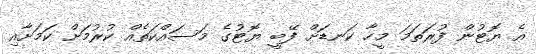
އެ ޔޮޓުން ފުރަތަމަ މީހާ ކަނޑަށް ފޭބީ ޔޮޓުގެ މަސައްކަތެއް ކުރުމަށް ކަމަށާއި